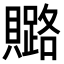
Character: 𧸚